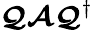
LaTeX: \boldsymbol{\mathcal{Q}}\boldsymbol{\mathcal{A}}\boldsymbol{\mathcal{Q}}^{\dagger}